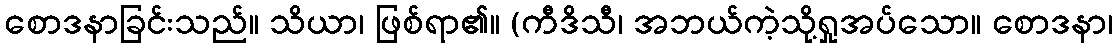
စောဒနာခြင်းသည်။ သိယာ၊ ဖြစ်ရာ၏။ (ကီဒိသီ၊ အဘယ်ကဲ့သို့ရှုအပ်သော။ စောဒနာ၊